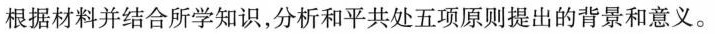
根据材料并结合所学知识，分析和平共处五项原则提出的背景和意义。